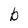
Character: b